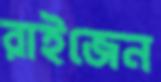
রাইজেন